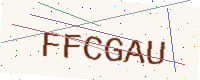
Text: FFCGAU